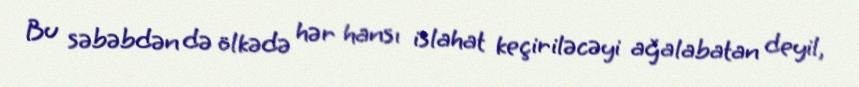
Bu səbəbdən də ölkədə hər hansı islahat keçiriləcəyi ağalabatan deyil,